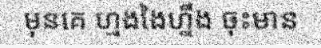
មុនគេ ហ្មងងៃហ្នឹង ចុះមាន